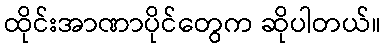
ထိုင်းအာဏာပိုင်တွေက ဆိုပါတယ်။